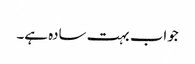
جواب بہت سادہ ہے۔